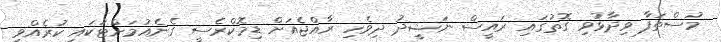
މުސްތަފާ ވިދާޅުވި ގޮތުގައި ރައީސް ނަޝީދު ދިވެހި ރާއްޖެއަށް ޑިމޮކްރެސީ ގެނެއުމަށްޓަކައި ކުރެއްވި